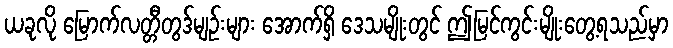
ယခုလို မြောက်လတ္တီတွဒ်မျဉ်းများ အောက်ရှိ ဒေသမျိုးတွင် ဤမြင်ကွင်းမျိုးတွေ့ရသည်မှာ